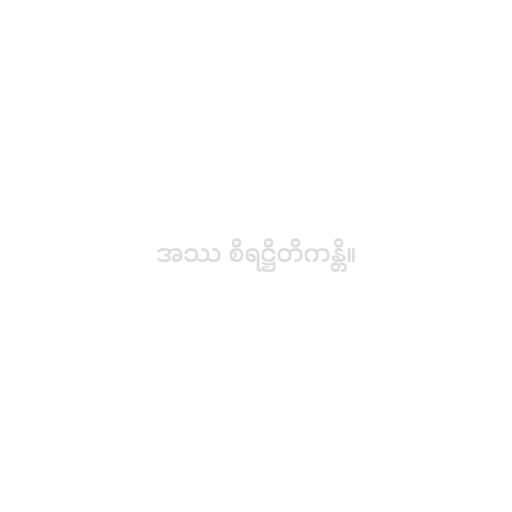
အဿ စိရဋ္ဌိတိကန္တိ။